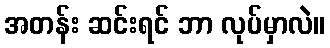
အတန်း ဆင်းရင် ဘာ လုပ်မှာလဲ။